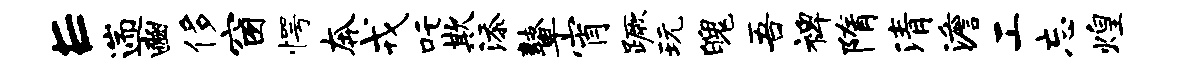
E遄豳侈窗愕奔戎吒欺添鼙宵蹶玩魄吾裨隋清澹工忘煌